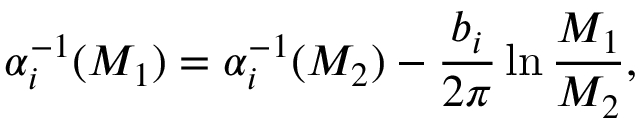
\alpha _ { i } ^ { - 1 } ( M _ { 1 } ) = \alpha _ { i } ^ { - 1 } ( M _ { 2 } ) - { \frac { b _ { i } } { 2 \pi } } \ln { \frac { M _ { 1 } } { M _ { 2 } } } ,